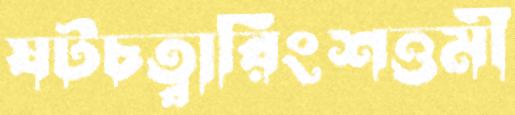
ষটচত্বারিংশত্তমী